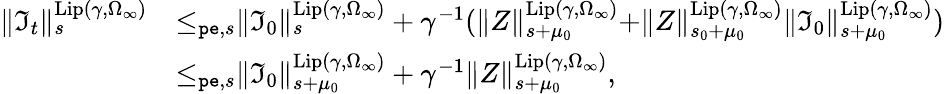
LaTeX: \begin{array}{rl}{\rVert\mathfrak{I}_{t}\rVert_{s}^{\mathrm{Lip}(\gamma,\Omega_{\infty})}}&{\le_{\mathtt{pe},s}\rVert\mathfrak{I}_{0}\rVert_{s}^{\mathrm{Lip}(\gamma,\Omega_{\infty})}+\gamma^{-1}(\rVert Z\rVert_{s+\mu_{0}}^{\mathrm{Lip}(\gamma,\Omega_{\infty})}+\rVert Z\rVert_{s_{0}+\mu_{0}}^{\mathrm{Lip}(\gamma,\Omega_{\infty})}\rVert\mathfrak{I}_{0}\rVert_{s+\mu_{0}}^{\mathrm{Lip}(\gamma,\Omega_{\infty})})}\\ &{\le_{\mathtt{pe},s}\rVert\mathfrak{I}_{0}\rVert_{s+\mu_{0}}^{\mathrm{Lip}(\gamma,\Omega_{\infty})}+\gamma^{-1}\rVert Z\rVert_{s+\mu_{0}}^{\mathrm{Lip}(\gamma,\Omega_{\infty})},}\end{array}